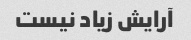
آرایش زیاد نیست